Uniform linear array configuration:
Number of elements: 24
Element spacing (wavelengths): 0.75
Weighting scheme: hann
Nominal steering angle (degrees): -45
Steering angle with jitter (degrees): -44.813
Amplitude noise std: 0.05
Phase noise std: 0.05

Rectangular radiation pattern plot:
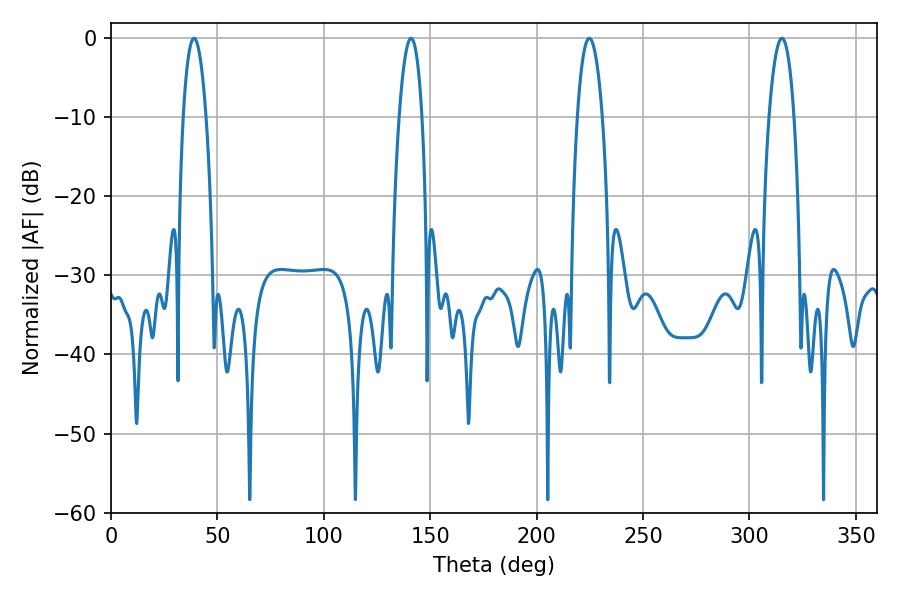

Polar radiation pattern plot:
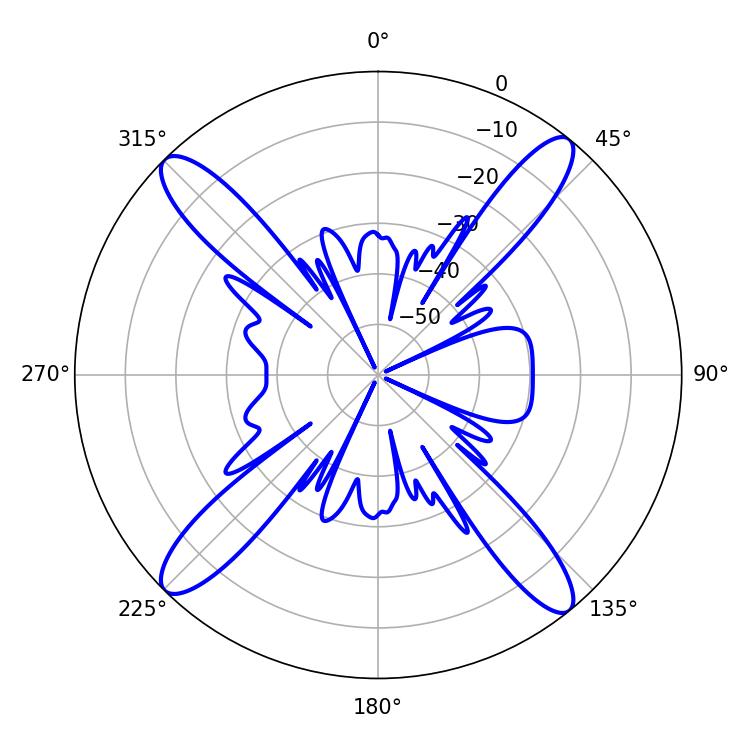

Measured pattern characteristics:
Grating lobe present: TRUE
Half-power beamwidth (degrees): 5.94
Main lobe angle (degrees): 140.94